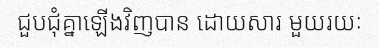
ជួបជុំគ្នាឡើងវិញបាន ដោយសារ មួយរយៈ